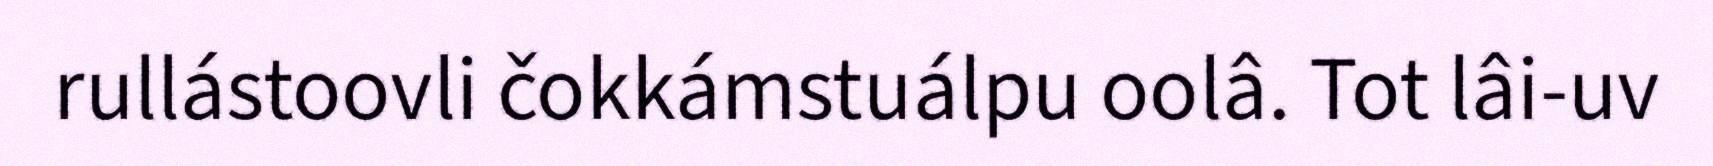
rullástoovli čokkámstuálpu oolâ. Tot lâi-uv